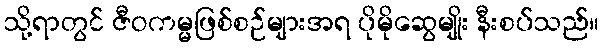
သို့ရာတွင် ဇီဝကမ္မဖြစ်စဉ်များအရ ပိုမိုဆွေမျိုး နီးစပ်သည်။